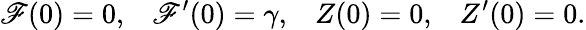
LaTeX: \mathscr{F}(0)=0,\; \; \; \mathscr{F}^{\prime}(0)=\gamma,\; \; \; Z(0)=0,\; \; \; Z^{\prime}(0)=0.